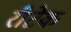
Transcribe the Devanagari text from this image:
रीटेक